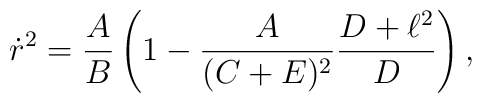
\dot{r}^2={A\over B}\left(1-{A\over{(C+E)^2}}{{D+\ell^2}\over D}\right),